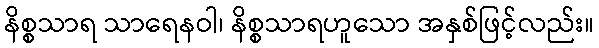
နိစ္စသာရ သာရေနဝါ၊ နိစ္စသာရဟူသော အနှစ်ဖြင့်လည်း။